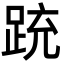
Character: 䟲